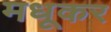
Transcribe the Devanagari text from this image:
मधूकर